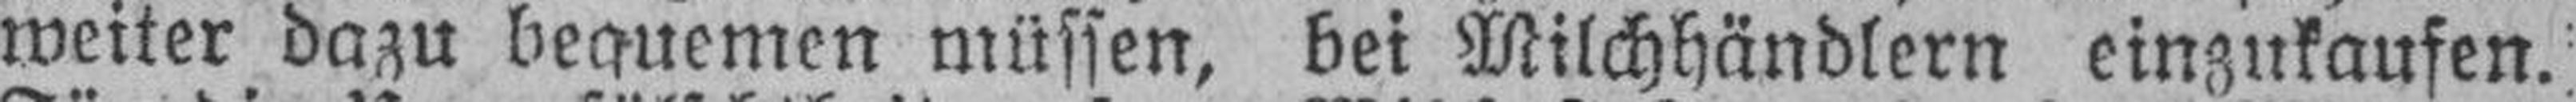
weiter dazu bequemen müssen, bei Milchhändlern einzukaufen.